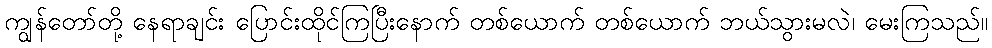
ကျွန်တော်တို့ နေရာချင်း ပြောင်းထိုင်ကြပြီးနောက် တစ်ယောက် တစ်ယောက် ဘယ်သွားမလဲ၊ မေးကြသည်။